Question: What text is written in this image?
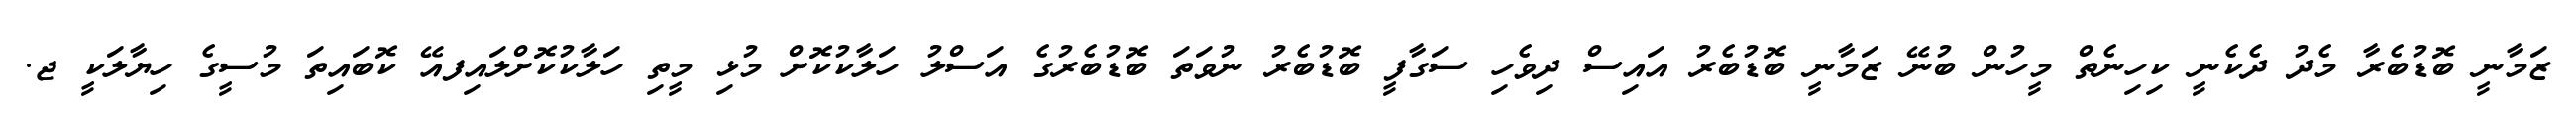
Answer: ޒަމާނީ ބޮޑުބެރާ މެދު ދެކެނީ ކިހިނެތް މީހުން ބުނޭ ޒަމާނީ ބޮޑުބެރު އައިސް ދިވެހި ސަގާފީ ބޮޑުބެރު ނުވަތަ ބޮޑުބެރުގެ އަސްލު ހަލާކުކޮށް މުޅި މީތި ހަލާކުކޮށްލައިފއޭ ކޮބައިތަ މުސީގެ ހިޔާލަކީ ޖ.